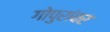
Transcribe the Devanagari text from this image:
गोपुरांवर